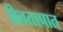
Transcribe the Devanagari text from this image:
हिवतापात